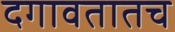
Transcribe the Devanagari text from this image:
दगावतातच